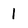
Character: 1